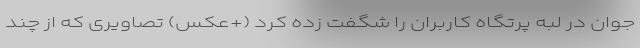
جوان در لبه پرتگاه کاربران را شگفت زده کرد (+عکس) تصاویری که از چند